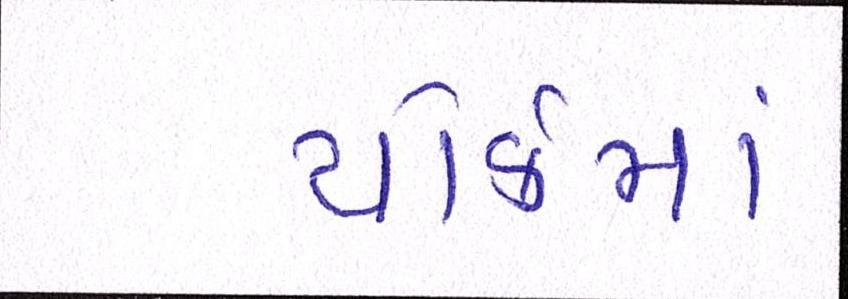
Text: યોર્કમાં